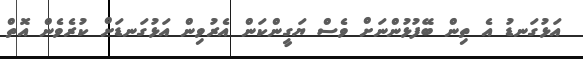
އަޅުގަނޑު އެ ތިން ބޭފުޅުންނަށް ވެސް ޔަގީންކަން އެރުވިން އަޅުގަނޑަށް ކުރެވެން އޮތް